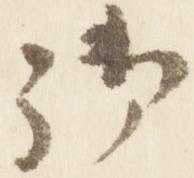
御